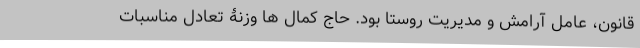
قانون، عامل آرامش و مدیریت روستا بود. حاج کمال ها وزنۀ تعادل مناسبات